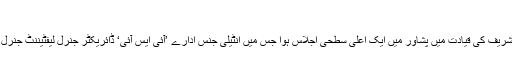
‘‘
عاصم سلیم باجوہ نے کہا کہ ہفتہ کو فوج کے سربراہ جنرل راحیل شریف کی قیادت میں پشاور میں ایک اعلیٰ سطحی اجلاس ہوا جس میں انٹیلی جنس ادارے ’آئی ایس آئی‘ ڈائریکٹر جنرل لیفٹیننٹ جنرل رضوان اختر سمیت دیگر اعلیٰ عسکری کمانڈروں نے شرکت کی۔